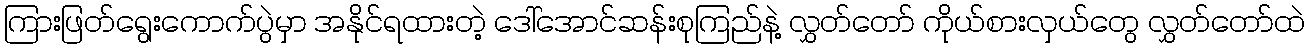
ကြားဖြတ်ရွေးကောက်ပွဲမှာ အနိုင်ရထားတဲ့ ဒေါ်အောင်ဆန်းစုကြည်နဲ့ လွှတ်တော် ကိုယ်စားလှယ်တွေ လွှတ်တော်ထဲ